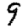
Digit: 9